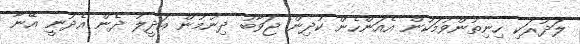
ލަދުރަކި ހިނިތުންވުމަކުން އެއަންހެން ކުދިން ޖަވާބު ދިނުމުން އަދީލު ދެން އެދުނީ އޭނާ